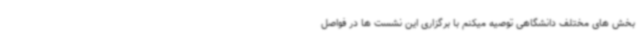
بخش های مختلف دانشگاهی توصیه میکنم با برگزاری این نشست ها در فواصل